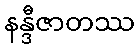
နန္ဒီဇာတဿ